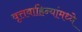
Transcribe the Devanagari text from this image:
वृत्तवाहिन्यांमध्ये